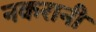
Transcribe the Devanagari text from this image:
नकरानी